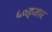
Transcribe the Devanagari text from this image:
५०हजार